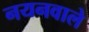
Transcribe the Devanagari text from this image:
नयनवाले